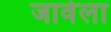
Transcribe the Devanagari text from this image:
जावेला